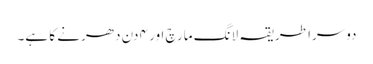
دوسرا طریقہ لانگ مارچ اور ۴ دن دھرنے کا ہے۔